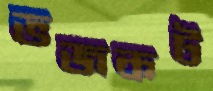
ভজকট